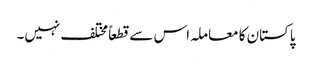
پاکستان کا معاملہ اس سے قطعاً مختلف نہیں۔